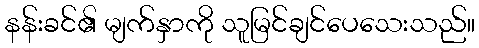
နန်းခင်၏ မျက်နှာကို သူမြင်ချင်ပေသေးသည်။